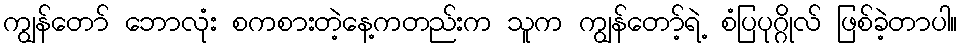
ကျွန်တော် ဘောလုံး စကစားတဲ့နေ့ကတည်းက သူက ကျွန်တော့်ရဲ့ စံပြပုဂ္ဂိုလ် ဖြစ်ခဲ့တာပါ။